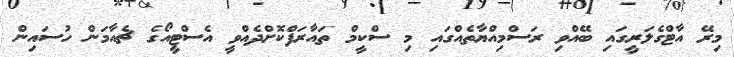
މިރޭ އާޓްގެލަރީގައި ބޭއްވި ރަސްމިއްޔާތެއްގައި މި ސްކީމް ތައާރަފްކޮށްދެއްވީ އެސްޓީއޯގެ ޗެއާމަން ހުސައިން